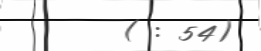
( : 54)